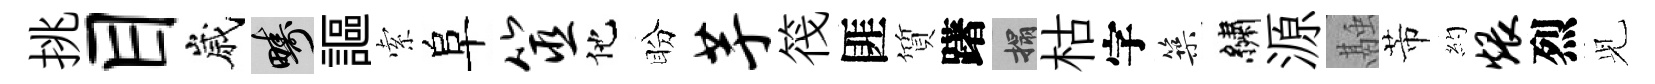
挑目嵗疇謳索阜筮他盼芋筏匪質躇搨枯字築繡源融芾約煨烈𫤗